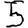
Digit: 5